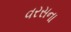
વરસના